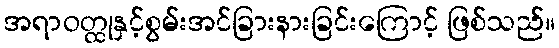
အရာဝတ္ထုနှင့်စွမ်းအင်ခြားနားခြင်းကြောင့် ဖြစ်သည်။